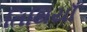
તિથિયાઁ